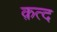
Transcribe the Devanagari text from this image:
क़त्द